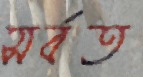
সর্বত